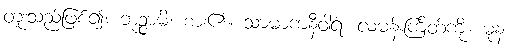
တူးသည်ဖြစ်၍။ ဘုဉ္ဇာမိ၊ စား၏။ သာမာကနီဝါရံ၊ လမန်းကြိတ်ကို။ ဓုနံ